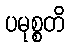
ပမုစ္စတိ